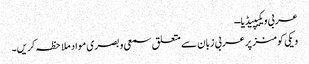
عربی ویکیپیڈیا ــ
ویکی کومنز پر عربی زبان سے متعلق سمعی و بصری مواد ملاحظہ کریں۔